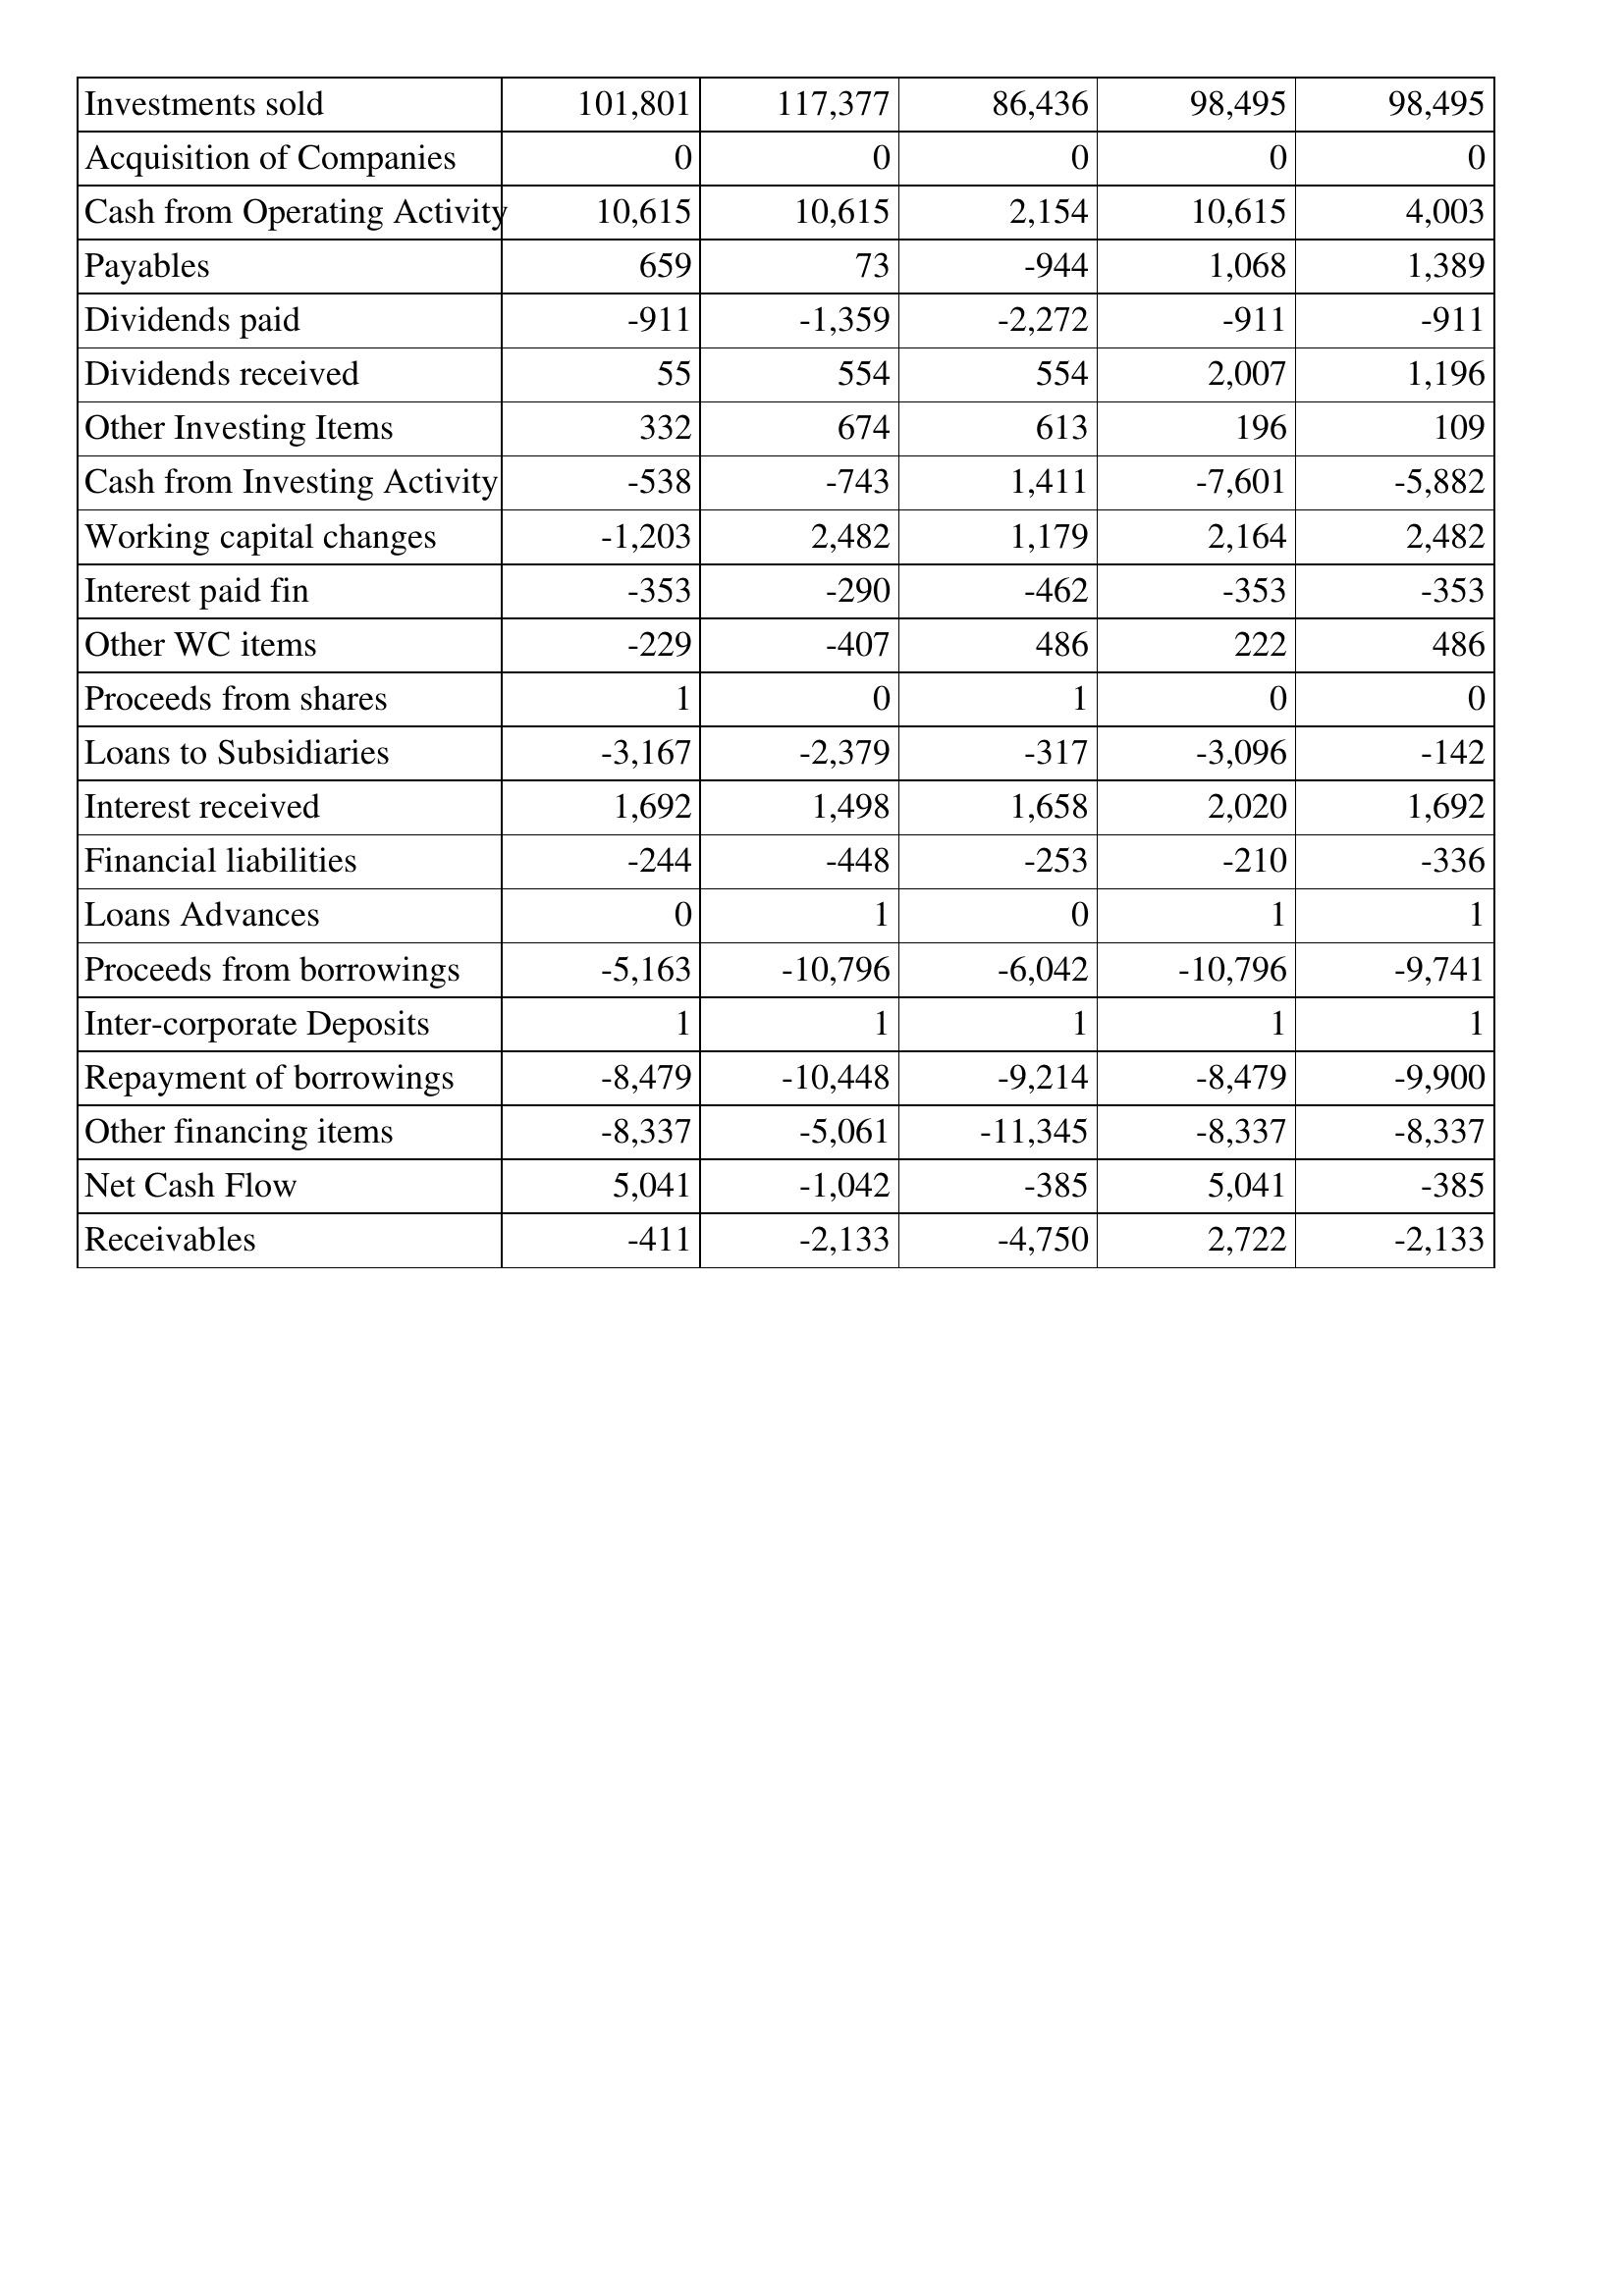
May-14: Cash Flows: Investments sold: 101,801
Acquisition of Companies: 0
Cash from Operating Activity: 10,615
Payables: 659
Dividends paid: -911
Dividends received: 55
Other Investing Items: 332
Cash from Investing Activity: -538
Working capital changes: -1,203
Interest paid fin: -353
Other WC items: -229
Proceeds from shares: 1
Loans to Subsidiaries: -3,167
Interest received: 1,692
Financial liabilities: -244
Loans Advances: 0
Proceeds from borrowings: -5,163
Inter-corporate Deposits: 1
Repayment of borrowings: -8,479
Other financing items: -8,337
Net Cash Flow: 5,041
Receivables: -411
May-13: Cash Flows: Investments sold: 117,377
Acquisition of Companies: 0
Cash from Operating Activity: 10,615
Payables: 73
Dividends paid: -1,359
Dividends received: 554
Other Investing Items: 674
Cash from Investing Activity: -743
Working capital changes: 2,482
Interest paid fin: -290
Other WC items: -407
Proceeds from shares: 0
Loans to Subsidiaries: -2,379
Interest received: 1,498
Financial liabilities: -448
Loans Advances: 1
Proceeds from borrowings: -10,796
Inter-corporate Deposits: 1
Repayment of borrowings: -10,448
Other financing items: -5,061
Net Cash Flow: -1,042
Receivables: -2,133
May-12: Cash Flows: Investments sold: 86,436
Acquisition of Companies: 0
Cash from Operating Activity: 2,154
Payables: -944
Dividends paid: -2,272
Dividends received: 554
Other Investing Items: 613
Cash from Investing Activity: 1,411
Working capital changes: 1,179
Interest paid fin: -462
Other WC items: 486
Proceeds from shares: 1
Loans to Subsidiaries: -317
Interest received: 1,658
Financial liabilities: -253
Loans Advances: 0
Proceeds from borrowings: -6,042
Inter-corporate Deposits: 1
Repayment of borrowings: -9,214
Other financing items: -11,345
Net Cash Flow: -385
Receivables: -4,750
May-11: Cash Flows: Investments sold: 98,495
Acquisition of Companies: 0
Cash from Operating Activity: 10,615
Payables: 1,068
Dividends paid: -911
Dividends received: 2,007
Other Investing Items: 196
Cash from Investing Activity: -7,601
Working capital changes: 2,164
Interest paid fin: -353
Other WC items: 222
Proceeds from shares: 0
Loans to Subsidiaries: -3,096
Interest received: 2,020
Financial liabilities: -210
Loans Advances: 1
Proceeds from borrowings: -10,796
Inter-corporate Deposits: 1
Repayment of borrowings: -8,479
Other financing items: -8,337
Net Cash Flow: 5,041
Receivables: 2,722
May-10: Cash Flows: Investments sold: 98,495
Acquisition of Companies: 0
Cash from Operating Activity: 4,003
Payables: 1,389
Dividends paid: -911
Dividends received: 1,196
Other Investing Items: 109
Cash from Investing Activity: -5,882
Working capital changes: 2,482
Interest paid fin: -353
Other WC items: 486
Proceeds from shares: 0
Loans to Subsidiaries: -142
Interest received: 1,692
Financial liabilities: -336
Loans Advances: 1
Proceeds from borrowings: -9,741
Inter-corporate Deposits: 1
Repayment of borrowings: -9,900
Other financing items: -8,337
Net Cash Flow: -385
Receivables: -2,133